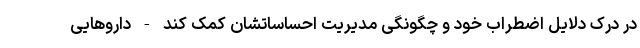
در درک دلایل اضطراب خود و چگونگی مدیریت احساساتشان کمک کند - داروهایی